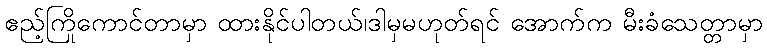
ဧည့်ကြိုကောင်တာမှာ ထားနိုင်ပါတယ်၊ဒါမှမဟုတ်ရင် အောက်က မီးခံသေတ္တာမှာ